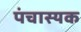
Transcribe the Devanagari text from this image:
पंचास्यक